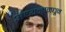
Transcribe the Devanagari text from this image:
अध्यनामधून